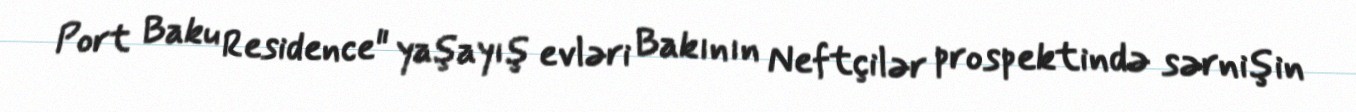
Port Baku Residence" yaşayış evləri Bakının Neftçilər prospektində sərnişin